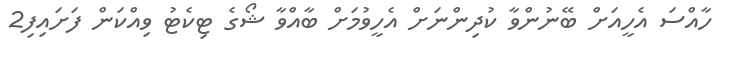
ހާއްސަ އެހީއަށް ބޭނުންވާ ކުދިންނަށް އެހީވުމަށް ބާއްވާ ޝޯގެ ޓިކެޓު ވިއްކަން ފަށައިފި2